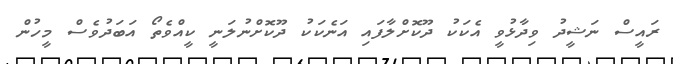
ރައީސް ނަޝީދު ވިދާޅުވީ އެކަކު ދޫކޮށްލާފައި އަނެކަކު ދޫކޮށްނުލަނީ ކީއްވެތޯ އަބަދުވެސް މީހުން